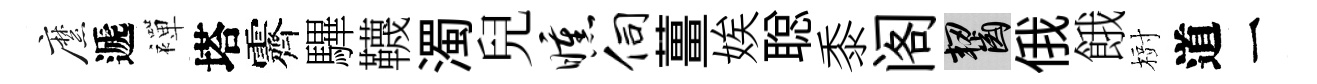
縻遞襌塔霽驆韈濁兒曛伺薑娭聪黍阁齧俄餓𣗳道一